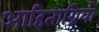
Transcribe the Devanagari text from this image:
आहिताग्नियों